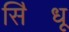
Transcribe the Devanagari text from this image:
सि॓धू